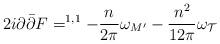
LaTeX: \begin{align*} 2i\partial\bar\partial F=^{1,1}-\frac{n}{2\pi}\omega_{M'}-\frac{n^2}{12\pi}\omega_{\mathcal{T}} \end{align*}